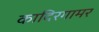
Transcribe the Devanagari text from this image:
कादिरगामर